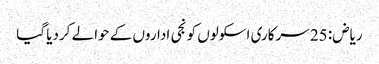
ریاض: 25 سرکاری اسکولوں کو نجی اداروں کے حوالے کردیا گیا